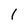
Character: 1